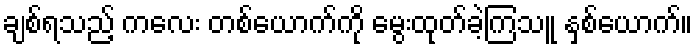
ချစ်ရသည့် ကလေး တစ်ယောက်ကို မွေးထုတ်ခဲ့ကြသူ နှစ်ယောက်။